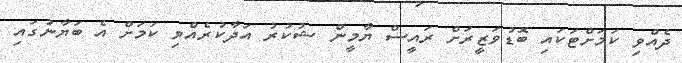
ދެއްވި ކަމަށްޓަކައި ބޮޑުވަޒީރަށް ރައީސް ޔާމީން ޝުކުރު އަދާކުރެއްވި ކަމަށް އެ ބަޔާނުގައި